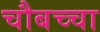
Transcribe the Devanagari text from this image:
चौबच्चा